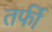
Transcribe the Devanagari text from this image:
तर्फी